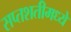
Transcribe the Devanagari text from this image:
सप्तशतीमध्ये